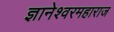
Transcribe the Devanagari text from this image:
ज्ञानेश्वरमहाराज